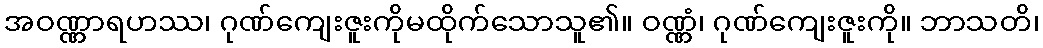
အဝဏ္ဏာရဟဿ၊ ဂုဏ်ကျေးဇူးကိုမထိုက်သောသူ၏။ ဝဏ္ဏံ၊ ဂုဏ်ကျေးဇူးကို။ ဘာသတိ၊